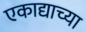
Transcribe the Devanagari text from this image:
एकाद्याच्या